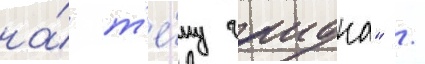
на́ т'е́му гаидна" /